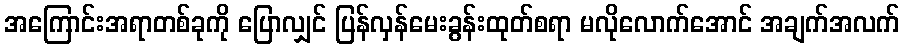
အကြောင်းအရာတစ်ခုကို ပြောလျှင် ပြန်လှန်မေးခွန်းထုတ်စရာ မလိုလောက်အောင် အချက်အလက်